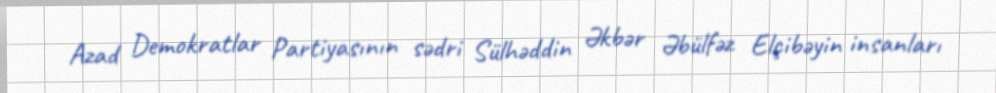
Azad Demokratlar Partiyasının sədri Sülhəddin Əkbər Əbülfəz Elçibəyin insanları